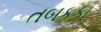
તબકકા